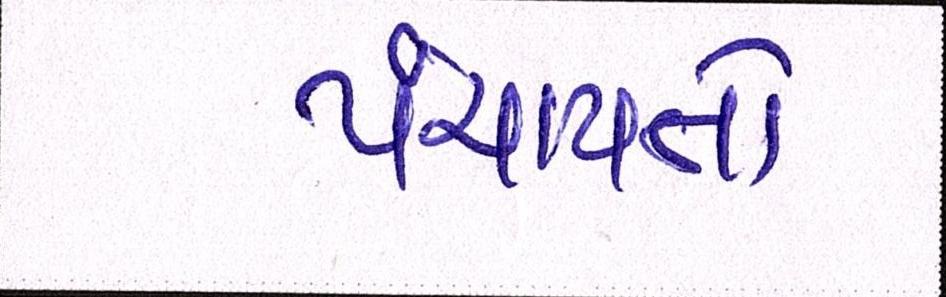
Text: પંચાયતો